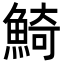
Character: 𩸞